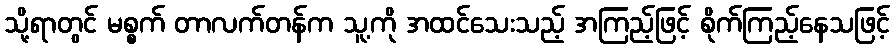
သို့ရာတွင် မစ္စက် တာလက်တန်က သူ့ကို အထင်သေးသည့် အကြည့်ဖြင့် စိုက်ကြည့်နေသဖြင့်